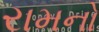
રામનો